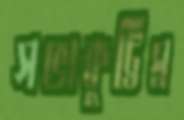
সভাকুট্টিম